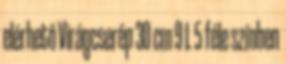
elérhető Virágcserép 30 cm 9 L 5 féle színben